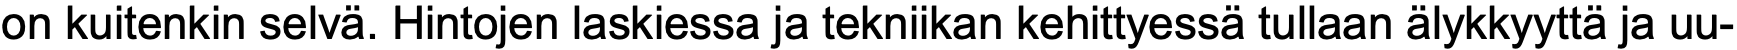
on kuitenkin selvä. Hintojen laskiessa ja tekniikan kehittyessä tullaan älykkyyttä ja uu-